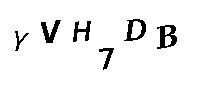
YVH7DB